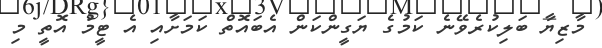
މާޒިޔާ ބަލިކުރެވޭނެ ކަމުގެ ޔަގީންކަން އެބައޮތް ކަމަށާއި އެ ޓީމު އޮތީ މި